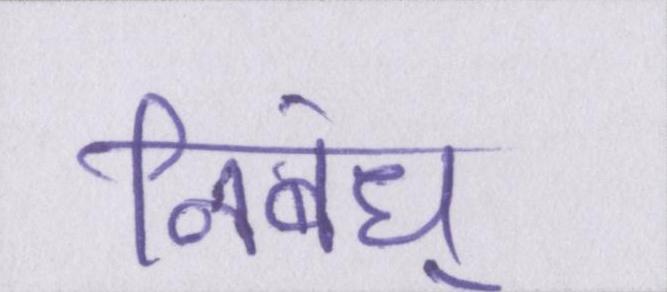
निबंध्